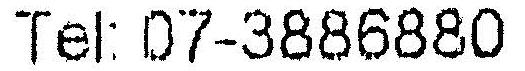
TEL: 07-3886880